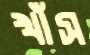
খাঁঁস